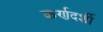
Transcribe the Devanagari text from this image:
कर्णदर्शी